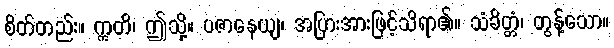
စိတ်တည်း။ ဣတိ၊ ဤသို့။ ပဇာနေယျ၊ အပြားအားဖြင့်သိရာ၏။ သံခိတ္တံ၊ တွန့်သော။